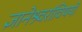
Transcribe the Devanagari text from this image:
ज्ञानेश्र्वरांविषयी